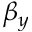
\beta _ { y }